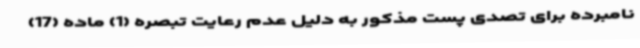
نامبرده برای تصدی پست مذکور به دلیل عدم رعایت تبصره (1) ماده (17)